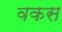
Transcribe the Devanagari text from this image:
वकस